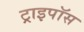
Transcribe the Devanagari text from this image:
ट्राइपॉस